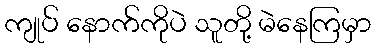
ကျုပ် နောက်ကိုပဲ သူတို့ မဲနေကြမှာ